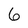
Character: 6